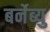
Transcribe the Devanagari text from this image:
बर्नेब्यु